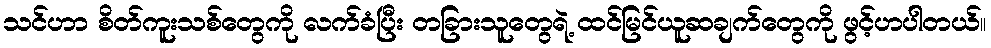
သင်ဟာ စိတ်ကူးသစ်တွေကို လက်ခံပြီး တခြားသူတွေရဲ့ ထင်မြင်ယူဆချက်တွေကို ဖွင့်ဟပါတယ်။